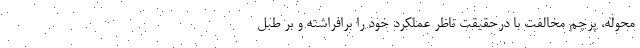
محوله، پرچم مخالفت با درحقیقت ناظر عملکرد خود را برافراشته و بر طبل